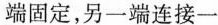
端固定，另一端连接一